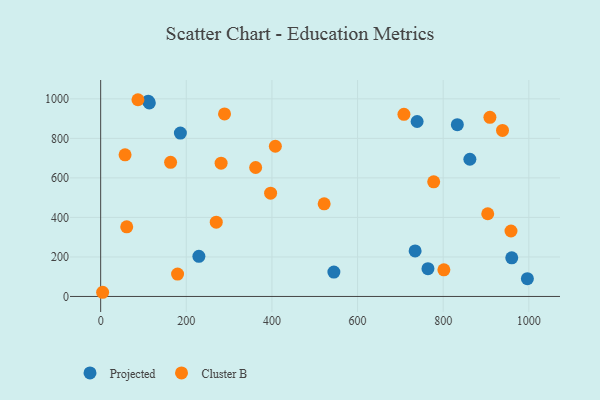
{"axis": {"x": "Speed", "y": "Fuel Efficiency"}, "legend": ["Cluster B", "Projected"], "data": [{"x": "764.4", "y": 140.8, "type": "Projected"}, {"x": "862.3", "y": 694.3, "type": "Projected"}, {"x": "996.6", "y": 90.0, "type": "Projected"}, {"x": "734.4", "y": 230.4, "type": "Projected"}, {"x": "229.4", "y": 203.0, "type": "Projected"}, {"x": "111.2", "y": 988.5, "type": "Projected"}, {"x": "113.7", "y": 979.5, "type": "Projected"}, {"x": "960.1", "y": 195.6, "type": "Projected"}, {"x": "544.7", "y": 123.6, "type": "Projected"}, {"x": "739.1", "y": 885.3, "type": "Projected"}, {"x": "833.0", "y": 869.2, "type": "Projected"}, {"x": "186.2", "y": 826.9, "type": "Projected"}, {"x": "60.9", "y": 352.2, "type": "Cluster B"}, {"x": "909.1", "y": 906.7, "type": "Cluster B"}, {"x": "289.3", "y": 923.8, "type": "Cluster B"}, {"x": "958.3", "y": 331.2, "type": "Cluster B"}, {"x": "87.1", "y": 995.6, "type": "Cluster B"}, {"x": "179.6", "y": 113.4, "type": "Cluster B"}, {"x": "281.3", "y": 674.4, "type": "Cluster B"}, {"x": "801.6", "y": 134.9, "type": "Cluster B"}, {"x": "777.8", "y": 579.9, "type": "Cluster B"}, {"x": "270.0", "y": 375.8, "type": "Cluster B"}, {"x": "396.9", "y": 522.9, "type": "Cluster B"}, {"x": "163.3", "y": 678.9, "type": "Cluster B"}, {"x": "522.0", "y": 468.6, "type": "Cluster B"}, {"x": "938.5", "y": 840.4, "type": "Cluster B"}, {"x": "362.0", "y": 652.6, "type": "Cluster B"}, {"x": "708.3", "y": 921.9, "type": "Cluster B"}, {"x": "904.0", "y": 418.6, "type": "Cluster B"}, {"x": "408.0", "y": 760.1, "type": "Cluster B"}, {"x": "57.0", "y": 717.0, "type": "Cluster B"}, {"x": "4.6", "y": 21.2, "type": "Cluster B"}]}